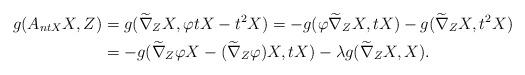
LaTeX: \begin{align*}g(A_{ntX}X,Z)&=g(\widetilde\nabla_{Z}X,\varphi tX-t^{2}X)=-g(\varphi\widetilde\nabla_{Z}X,tX)-g(\widetilde\nabla_{Z}X, t^{2}X) \\ &=-g(\widetilde\nabla_{Z}\varphi X-(\widetilde\nabla_{Z}\varphi)X, tX)-\lambda g(\widetilde\nabla_{Z}X, X).\end{align*}